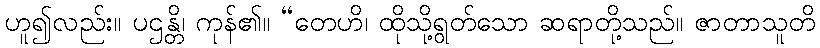
ဟူ၍လည်း။ ပဌန္တိ၊ ကုန်၏။ “တေဟိ၊ ထိုသို့ရွတ်သော ဆရာတို့သည်။ ဇာတာသူတိ